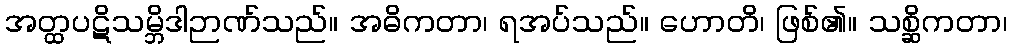
အတ္ထပဋိသမ္ဘိဒါဉာဏ်သည်။ အဓိကတာ၊ ရအပ်သည်။ ဟောတိ၊ ဖြစ်၏။ သစ္ဆိကတာ၊